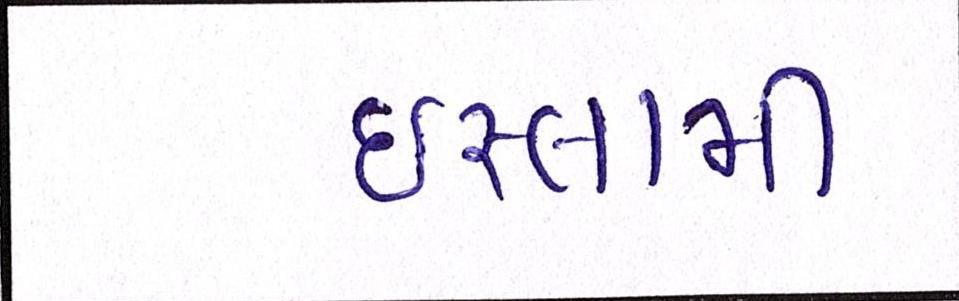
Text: ઈસ્લામી